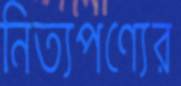
নিত্যপণ্যের